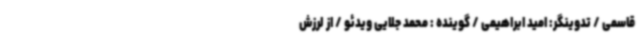
قاسمی / تدوینگر: امید ابراهیمی / گوینده : محمد جلایی ویدئو / از لرزش